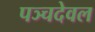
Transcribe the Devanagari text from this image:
पञ्चदेवल